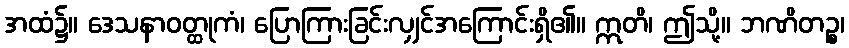
အထံ၌။ ဒေသနာဝတ္ထုကံ၊ ပြောကြားခြင်းလျှင်အကြောင်းရှိ၏။ ဣတိ၊ ဤသို့။ ဘဏိတဉ္စ၊